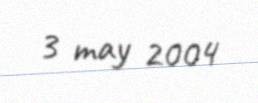
3 may 2004